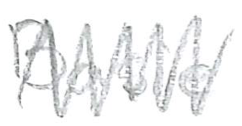
Text: Basie
Cross-out: zig-zag
Writing tool: pencil